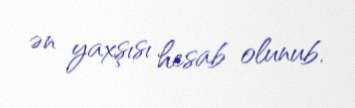
ən yaxşısı hesab olunub.